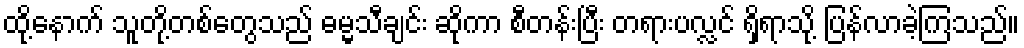
ထို့နောက် သူတို့တစ်တွေသည် ဓမ္မသီချင်း ဆိုကာ စီတန်းပြီး တရားပလ္လင် ရှိရာသို့ ပြန်လာခဲ့ကြသည်။